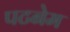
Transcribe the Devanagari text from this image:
पटनेम